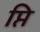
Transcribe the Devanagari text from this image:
प्ति